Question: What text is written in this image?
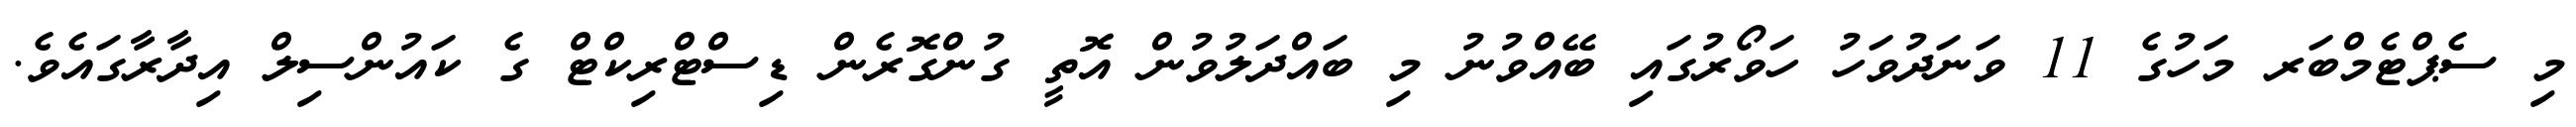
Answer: މި ސެޕްޓެމްބަރ މަހުގެ 11 ވަނަދުވަހު ހަވޯރުގައި ބޭއްވުނު މި ބައްދަލުވުން އޮތީ ގުންގޮރެން ޑިސްޓްރިކްޓް ގެ ކައުންސިލް އިދާރާގައެވެ.